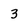
Character: 3